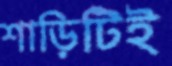
শাড়িটিই